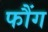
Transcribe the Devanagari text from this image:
फौंग